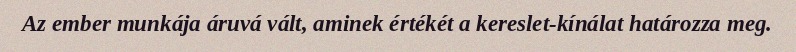
Az ember munkája áruvá vált, aminek értékét a kereslet-kínálat határozza meg.